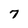
Character: 7